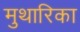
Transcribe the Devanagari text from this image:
मुथारिका